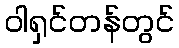
ဝါရှင်တန်တွင်